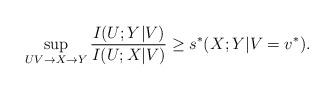
LaTeX: \begin{align*} \sup_{UV\rightarrow X\rightarrow Y}\frac{I(U;Y|V)}{I(U;X|V)}\geq s^*(X;Y|V=v^*).\end{align*}